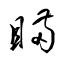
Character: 瞞